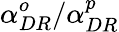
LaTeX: \alpha_{DR}^{o}/\alpha_{DR}^{p}